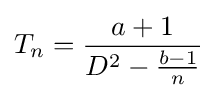
T_{n}={\frac {a+1}{D^{2}-{\frac {b-1}{n}}}}